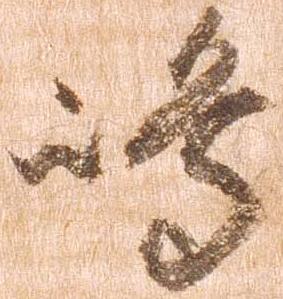
嶋